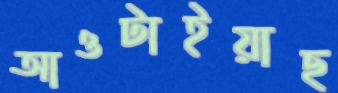
আওটাইয়াছ